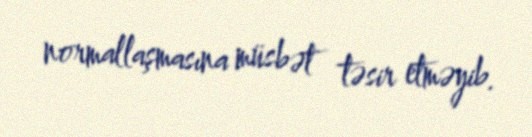
normallaşmasına müsbət təsir etməyib.